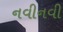
નવીનવી